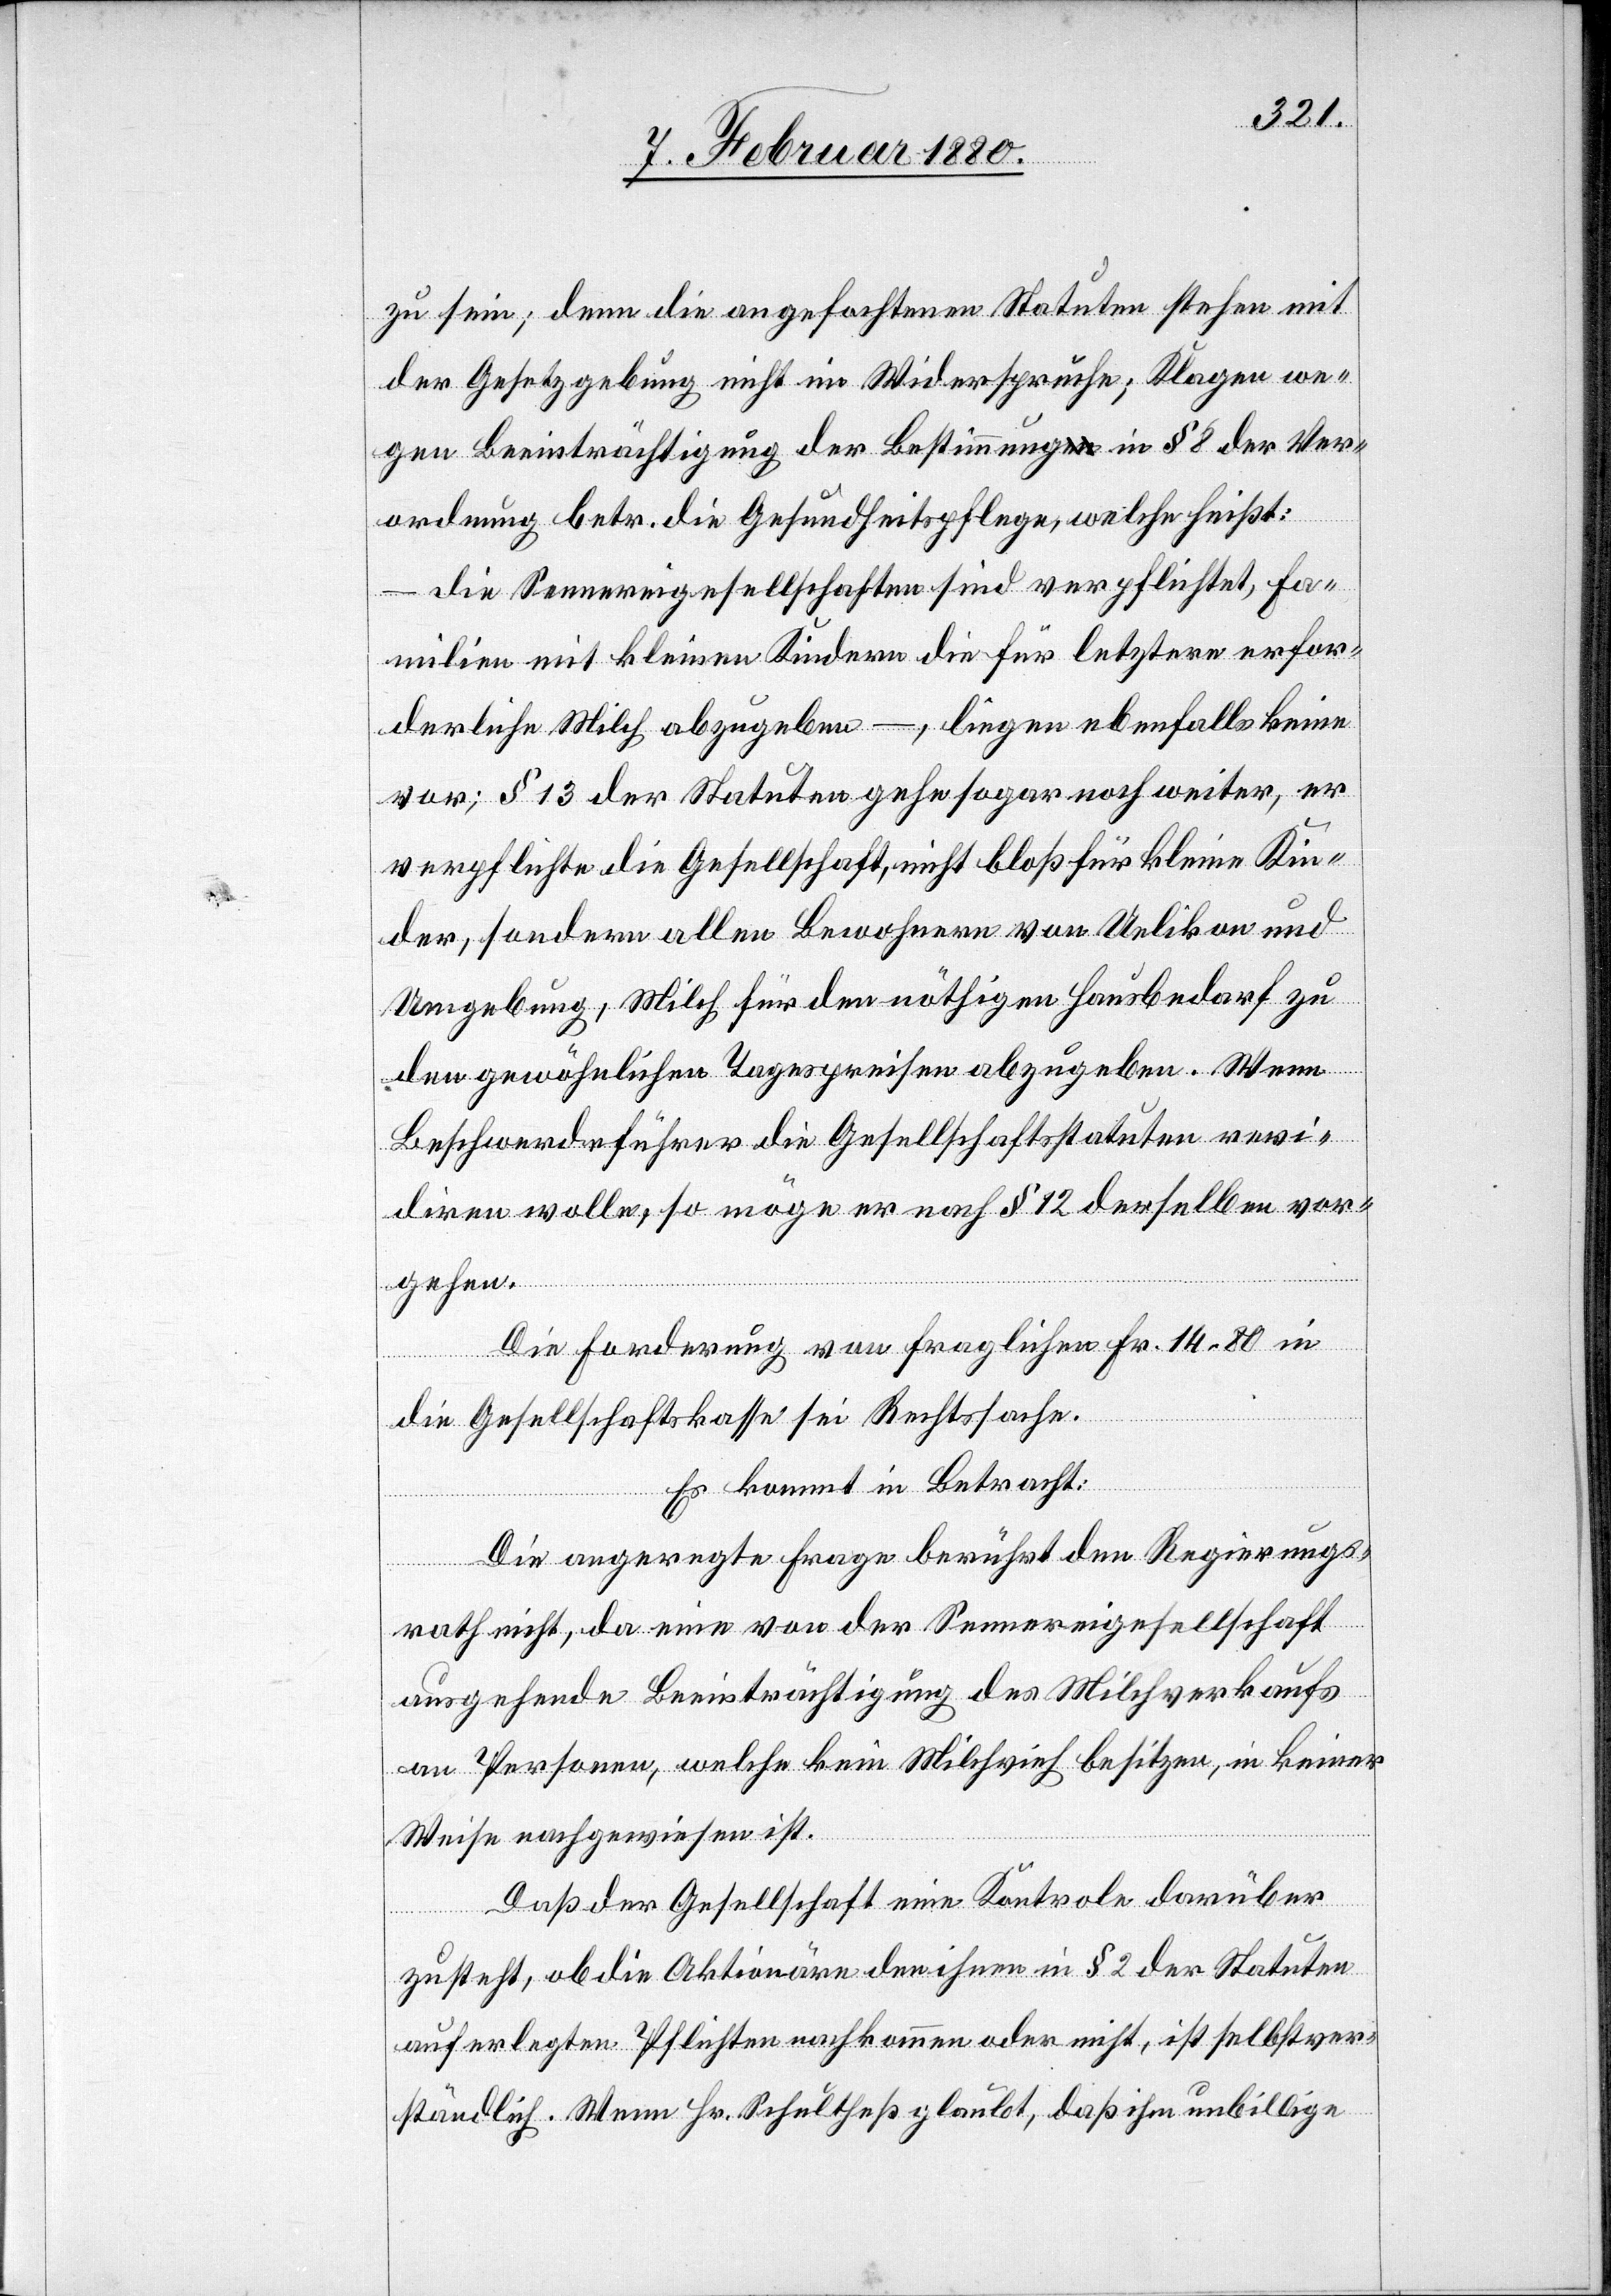
zu sein; denn die angefochtenen Statuten stehen mit
der Gesetzgebung nicht im Widerspruche; Klagen we¬
gen Beeinträchtigung der Bestimmung in § 8 der Ver¬
ordnung betr. die Gesundheitspflege, welche heißt:
die Sennereigesellschaften sind verpflichtet, Fa¬
milien mit kleinen Kindern die für letztere erfor¬
derliche Milch abzugeben –, liegen ebenfalls keine
vor; § 13 der Statuten gehe sogar noch weiter, er
verpflichte die Gesellschaft, nicht bloß für kleine Kin¬
der, sondern allen Bewohnern von Uelikon und
Umgebung, Milch für den nöthigen Hausbedarf zu
den gewöhnlichen Tagespreisen abzugeben. Wenn
Beschwerdeführer die Gesellschaftsstatuten revi¬
diren wolle, so möge er nach § 12 derselben vor¬
gehen.
Die Forderung von fraglichen Fr. 14.80 in
die Gesellschaftskasse sei Rechtssache.
Es kommt in Betracht:
Die angeregte Frage berührt den Regierungs¬
rath nicht, da eine von der Sennereigesellschaft
ausgehende Beeinträchtigung des Milchverkaufs
an Personen, welche kein Milchvieh besitzen, in keiner
Weise nachgewiesen ist.
Daß der Gesellschaft eine Kontrole darüber
zusteht, ob die Aktionäre den ihnen in § 2 der Statuten
auferlegten Pflichten nachkommen oder nicht, ist selbstver¬
ständlich. Wenn Hr. Schultheß glaubt, daß ihm unbillige